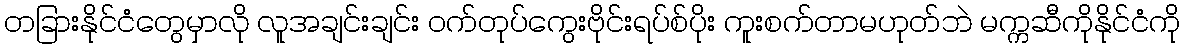
တခြားနိုင်ငံတွေမှာလို လူအချင်းချင်း ဝက်တုပ်ကွေးဗိုင်းရပ်စ်ပိုး ကူးစက်တာမဟုတ်ဘဲ မက္ကဆီကိုနိုင်ငံကို